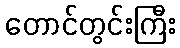
တောင်တွင်းကြီး